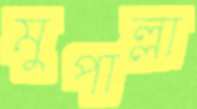
মুপাল্লা